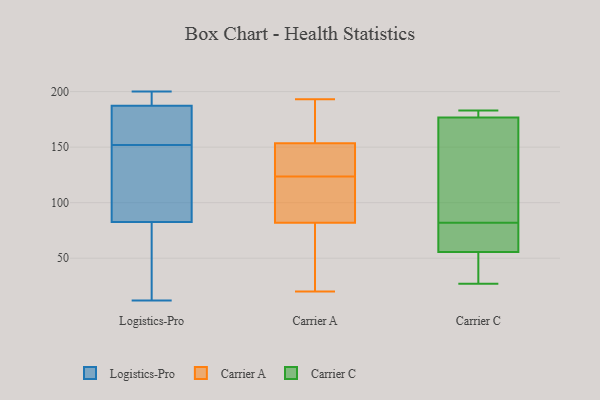
{"axis": {"x": "Energy Usage (MWh)", "y": "Value"}, "legend": ["Carrier A", "Carrier C", "Logistics-Pro"], "data": [{"x": "", "y": 152, "type": "Logistics-Pro"}, {"x": "", "y": 194, "type": "Logistics-Pro"}, {"x": "", "y": 185, "type": "Logistics-Pro"}, {"x": "", "y": 197, "type": "Logistics-Pro"}, {"x": "", "y": 183, "type": "Logistics-Pro"}, {"x": "", "y": 200, "type": "Logistics-Pro"}, {"x": "", "y": 92, "type": "Logistics-Pro"}, {"x": "", "y": 54, "type": "Logistics-Pro"}, {"x": "", "y": 180, "type": "Logistics-Pro"}, {"x": "", "y": 12, "type": "Logistics-Pro"}, {"x": "", "y": 118, "type": "Logistics-Pro"}, {"x": "", "y": 128, "type": "Logistics-Pro"}, {"x": "", "y": 13, "type": "Logistics-Pro"}, {"x": "", "y": 193, "type": "Carrier A"}, {"x": "", "y": 127, "type": "Carrier A"}, {"x": "", "y": 73, "type": "Carrier A"}, {"x": "", "y": 186, "type": "Carrier A"}, {"x": "", "y": 40, "type": "Carrier A"}, {"x": "", "y": 158, "type": "Carrier A"}, {"x": "", "y": 118, "type": "Carrier A"}, {"x": "", "y": 120, "type": "Carrier A"}, {"x": "", "y": 177, "type": "Carrier A"}, {"x": "", "y": 130, "type": "Carrier A"}, {"x": "", "y": 20, "type": "Carrier A"}, {"x": "", "y": 35, "type": "Carrier A"}, {"x": "", "y": 97, "type": "Carrier A"}, {"x": "", "y": 131, "type": "Carrier A"}, {"x": "", "y": 91, "type": "Carrier A"}, {"x": "", "y": 149, "type": "Carrier A"}, {"x": "", "y": 178, "type": "Carrier C"}, {"x": "", "y": 69, "type": "Carrier C"}, {"x": "", "y": 79, "type": "Carrier C"}, {"x": "", "y": 183, "type": "Carrier C"}, {"x": "", "y": 27, "type": "Carrier C"}, {"x": "", "y": 145, "type": "Carrier C"}, {"x": "", "y": 182, "type": "Carrier C"}, {"x": "", "y": 156, "type": "Carrier C"}, {"x": "", "y": 82, "type": "Carrier C"}, {"x": "", "y": 51, "type": "Carrier C"}, {"x": "", "y": 177, "type": "Carrier C"}, {"x": "", "y": 40, "type": "Carrier C"}, {"x": "", "y": 76, "type": "Carrier C"}, {"x": "", "y": 49, "type": "Carrier C"}, {"x": "", "y": 176, "type": "Carrier C"}]}